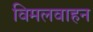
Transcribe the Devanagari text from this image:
विमलवाहन